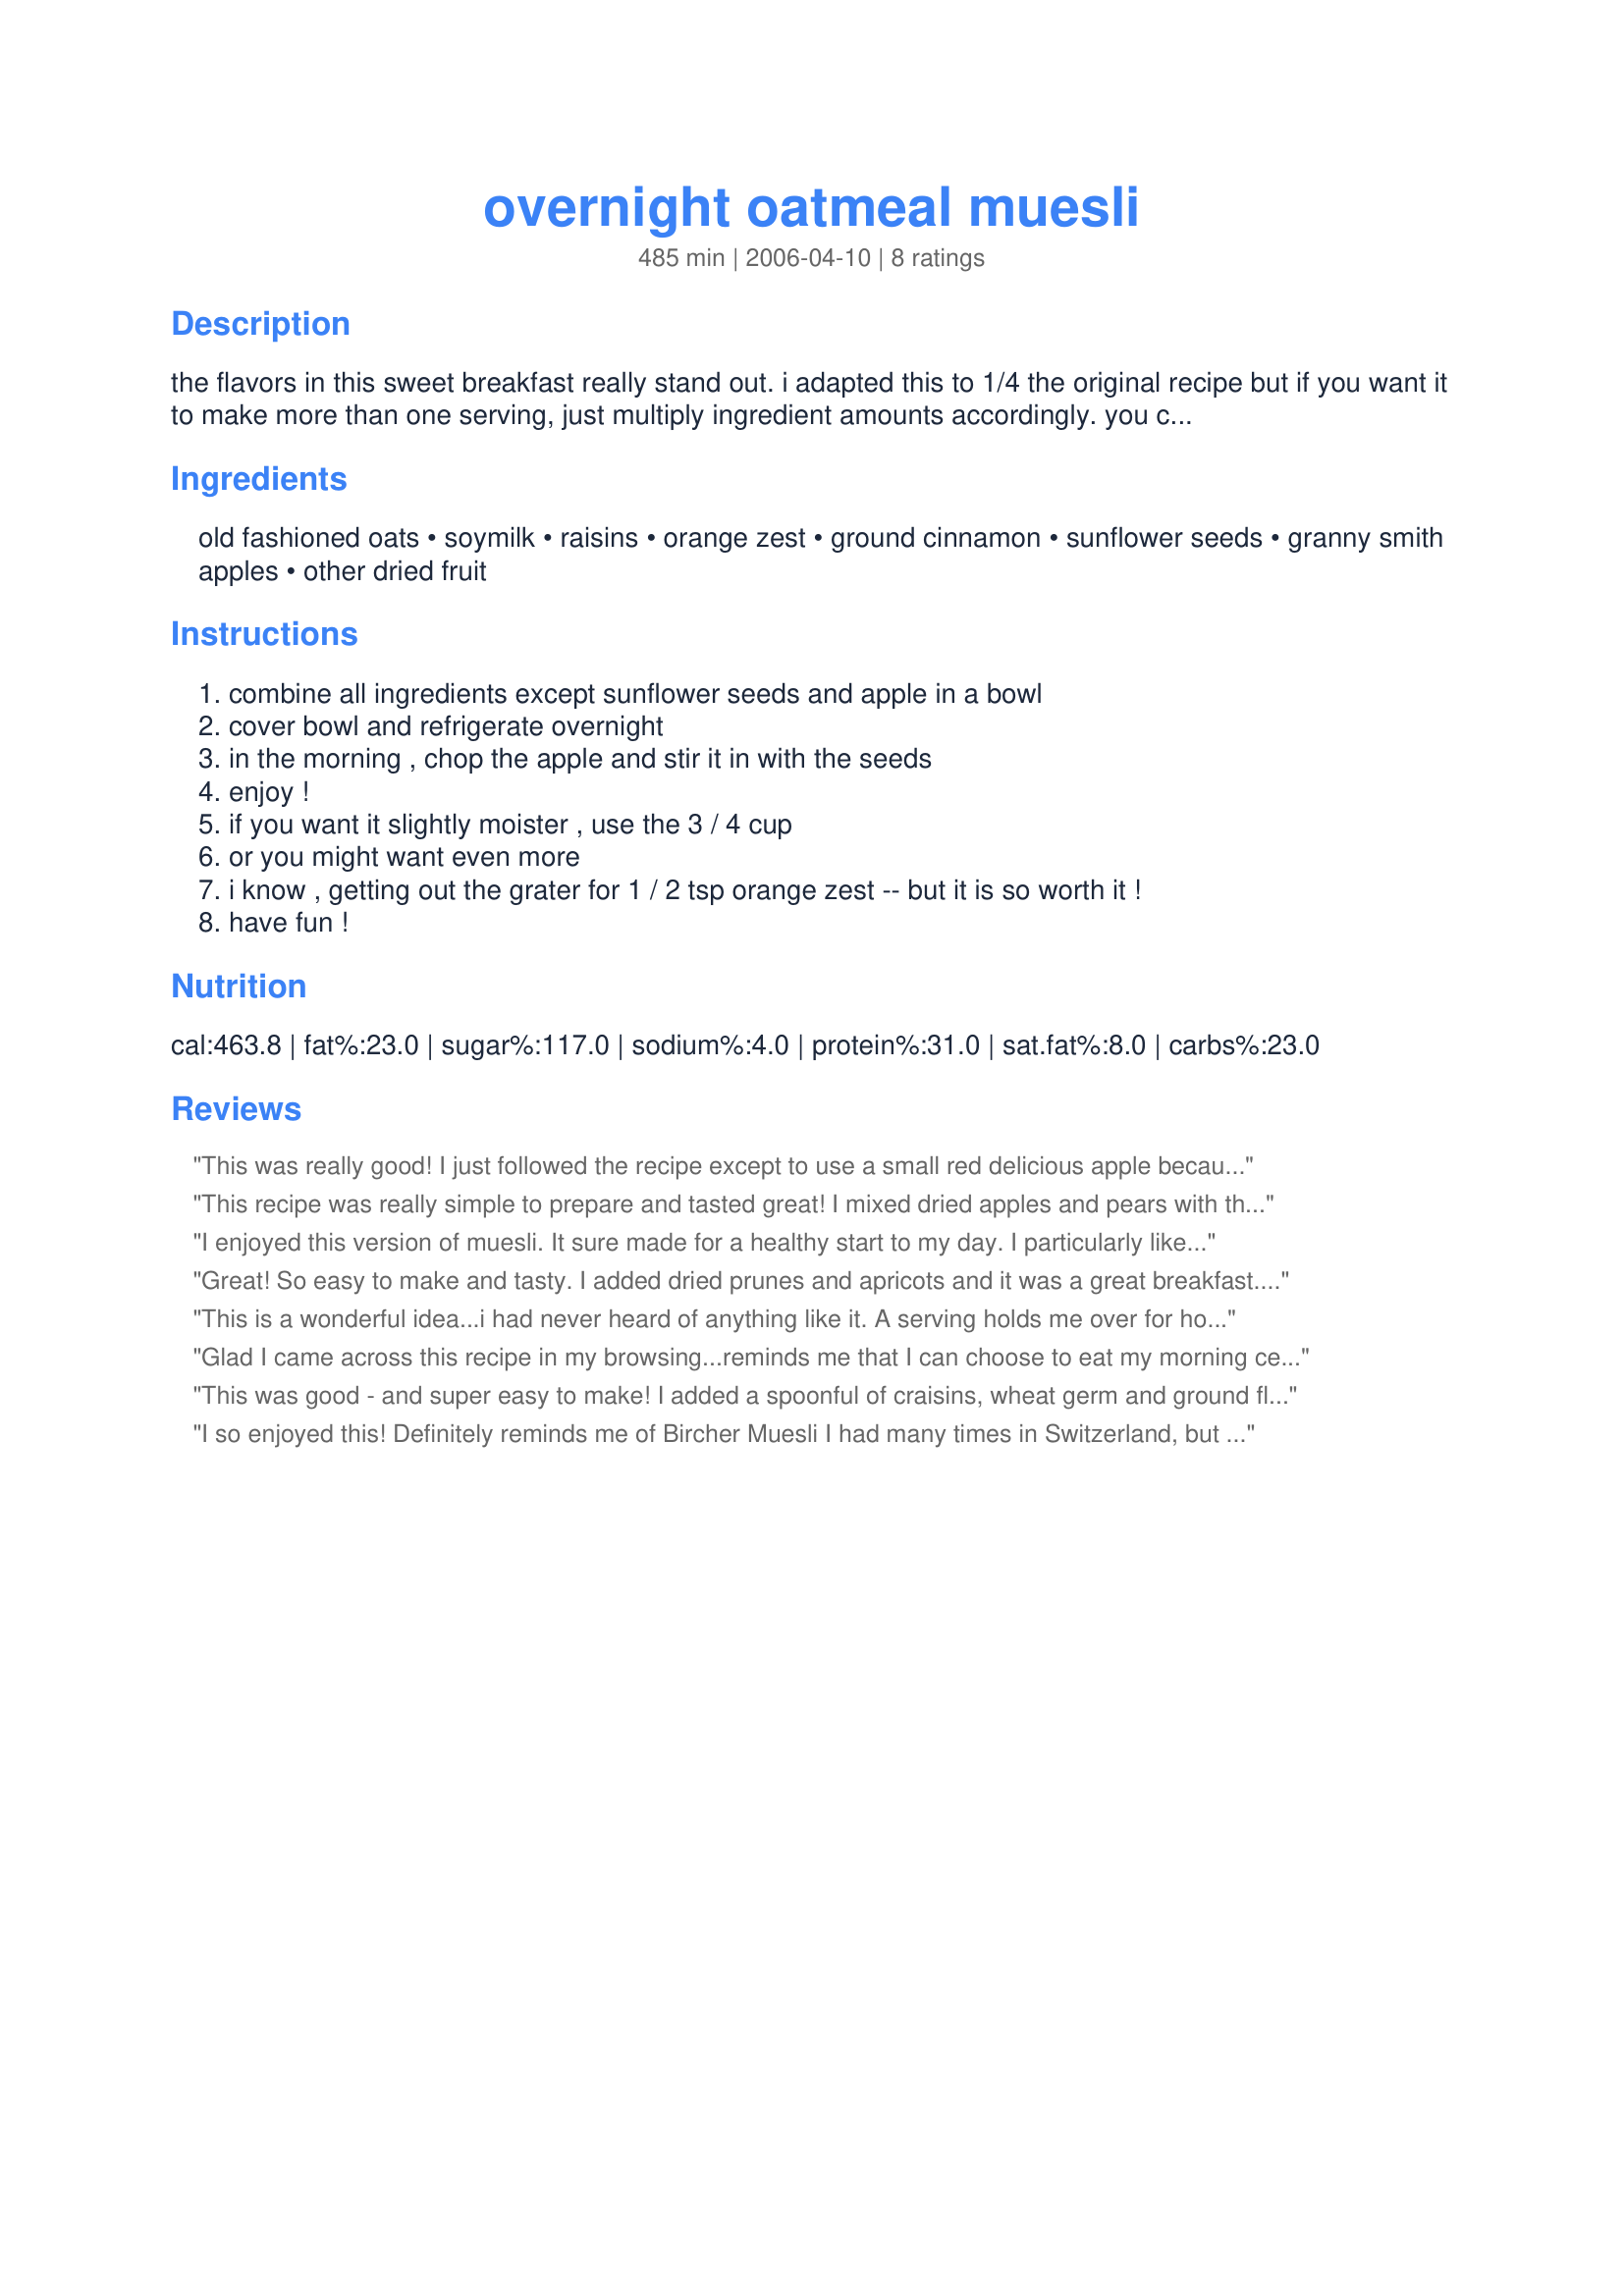
overnight oatmeal muesli
Preparation time: 485 minutes

the flavors in this sweet breakfast really stand out. i adapted this to 1/4 the original recipe but if you want it to make more than one serving, just multiply ingredient amounts accordingly. you can really enjoy playing with this recipe.

Ingredients:
old fashioned oats, soymilk, raisins, orange zest, ground cinnamon, sunflower seeds, granny smith apples, other dried fruit

Steps:
combine all ingredients except sunflower seeds and apple in a bowl
cover bowl and refrigerate overnight
in the morning , chop the apple and stir it in with the seeds
enjoy !
if you want it slightly moister , use the 3 / 4 cup
or you might want even more
i know , getting out the grater for 1 / 2 tsp orange zest -- but it is so worth it !
have fun !

Reviews:
This was really good! I just followed the recipe except to use a small red delicious apple because that's what I had on hand. I'll definitely have this again! Thanks! Reviewed for Healthy Choice ABC Tag.
This recipe was really simple to prepare and tasted great! I mixed dried apples and pears with the raisins and had delicious results!
I enjoyed this version of muesli. It sure made for a healthy start to my day. I particularly liked the freshly cut apple and the raw sunflower seeds. Thank you!
Great! So easy to make and tasty. I added dried prunes and apricots and it was a great breakfast. I made it for PAC and I'm so glad I did that. Thanks for sharing!
This is a wonderful idea...i had never heard of anything like it. A serving holds me over for hours and hours, and my husband too...and that's saying something.
Glad I came across this recipe in my browsing...reminds me that I can choose to eat my morning cereal raw instead of always cooking it. And so it's a good alternative and very handy when time crunching in the mornings to just prepare it the night before (and then it's just apples to deal with in the morning). I throw raw sunflower seeds into the mix and let them soak in the brew as well. I've enjoyed this with cut up dried figs, a touch of vanilla extract, or 1 tbsp of maple syrup. Plain yogurt stirred into this is good, and I like a tbsp of wheat germ and a bit of ground flax seed too. Thank you for posting!
This was good - and super easy to make! I added a spoonful of craisins, wheat germ and ground flax and omitted the sunflower seeds as I did not have them on hand. I also didn't have soymilk, so I used organic lowfat milk and added a splash of vanilla to that. This was very filling - I could only eat about half of it, but I am not a big eater in the morning :). Thanks for posting - made for Spring PAC 2008.
I so enjoyed this! Definitely reminds me of Bircher Muesli I had many times in Switzerland, but have never attempted to make at home. This was just so easy and on a day like today when I had zero time to make anything even close to nutritious for myself, this was PERFECT! I ended up having it for lunch, and was so short on time I didn't bother with the apple, but I bet that would be good. I added a bit of maple syrup and pumpkin seeds to the overnight mixture, instead of sunflower seeds. Delish! Thanks for this great find!
